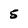
Character: 5